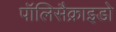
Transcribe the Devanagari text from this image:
पॉलिसैक्राइडो